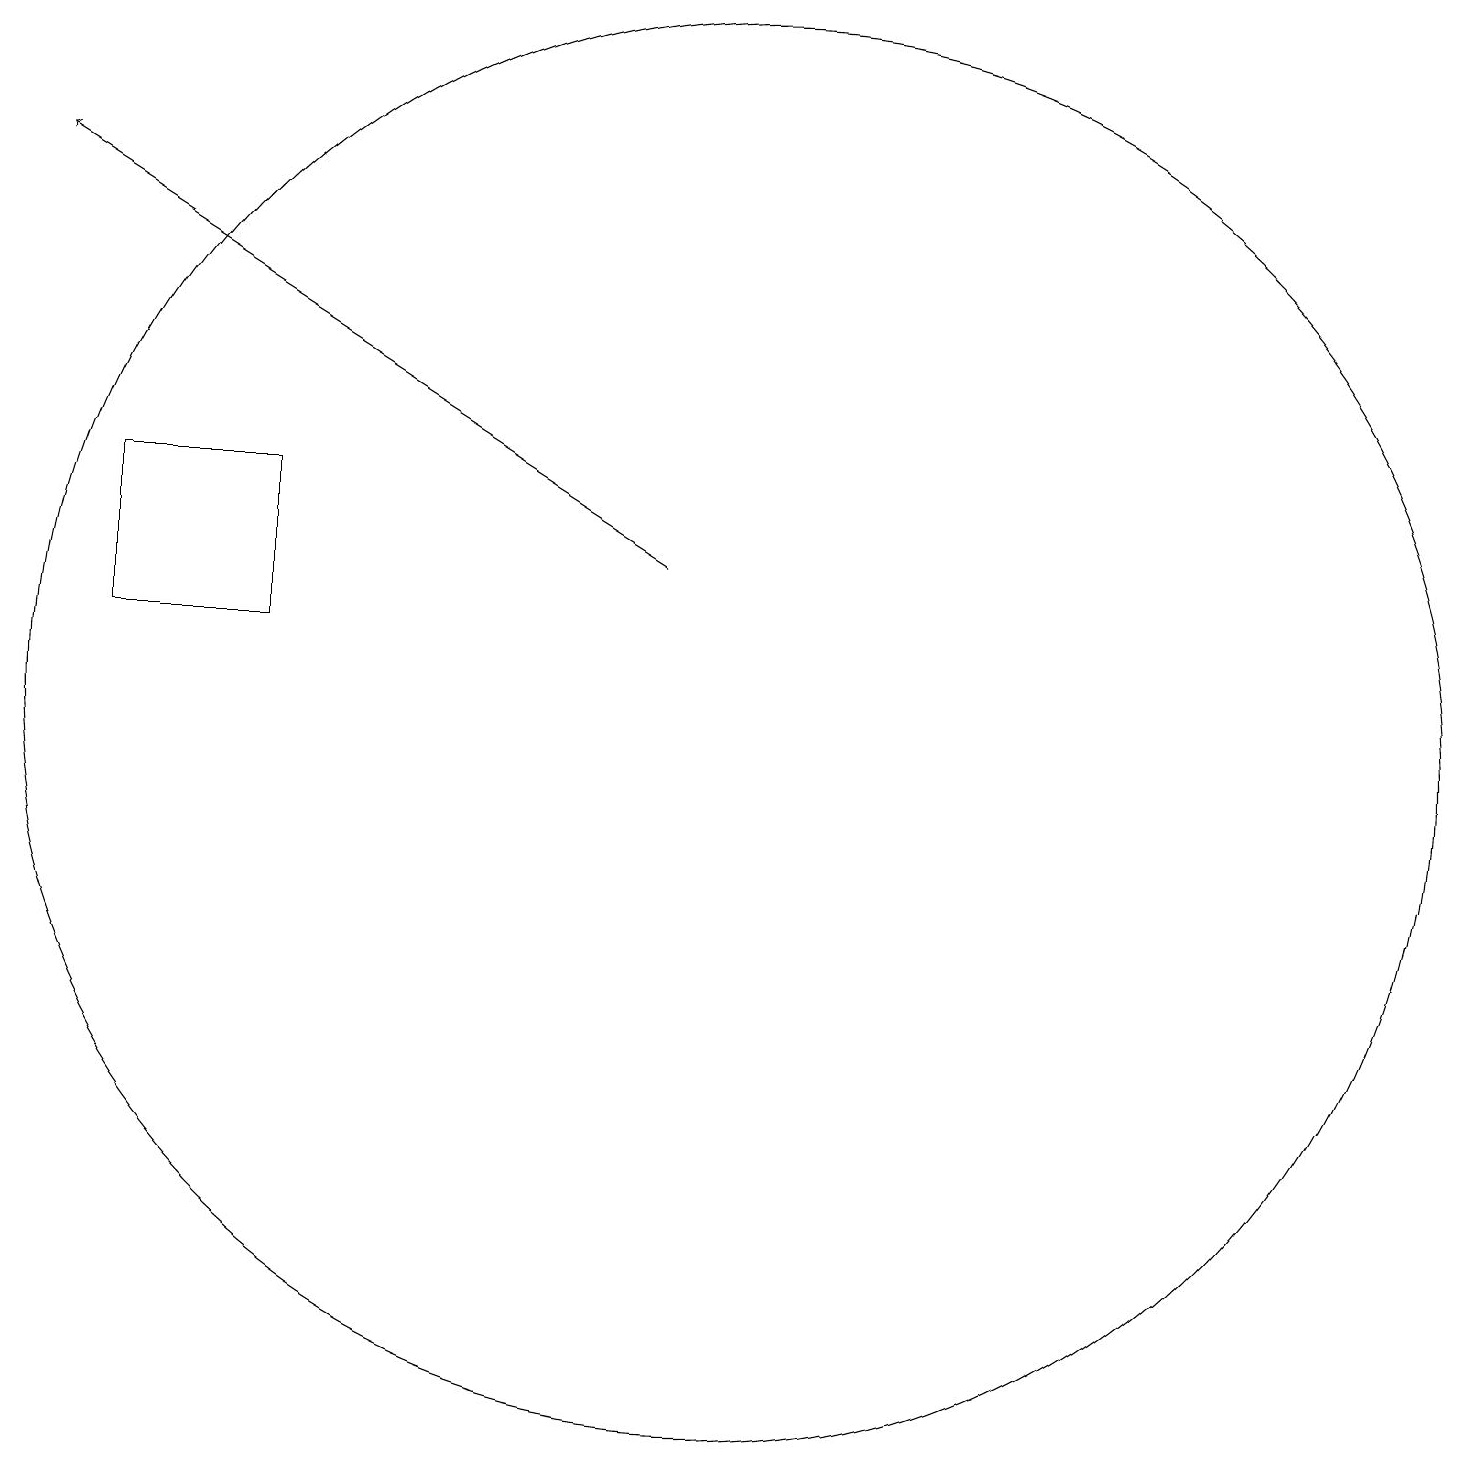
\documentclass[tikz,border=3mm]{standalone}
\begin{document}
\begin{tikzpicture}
\draw (4,15) rectangle (2,13);
\draw (10,12) circle (9);
\draw[->] (9,14) -- (1,19);
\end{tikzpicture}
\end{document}